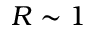
R \sim 1